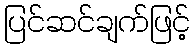
ပြင်ဆင်ချက်ဖြင့်